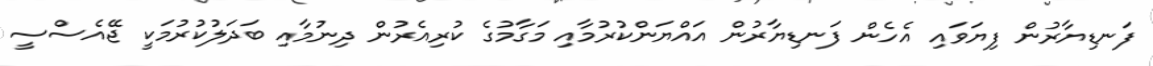
ފަނޑިޔާރުން ފިޔަވައި އެހެން ފަނޑިޔާރުން އައްޔަންކުރުމާއި މަގާމުގެ ކުރިއެރުން ދިނުމާއި ބަދަލުކުރުމަކީ ޖޭއެސްސީ